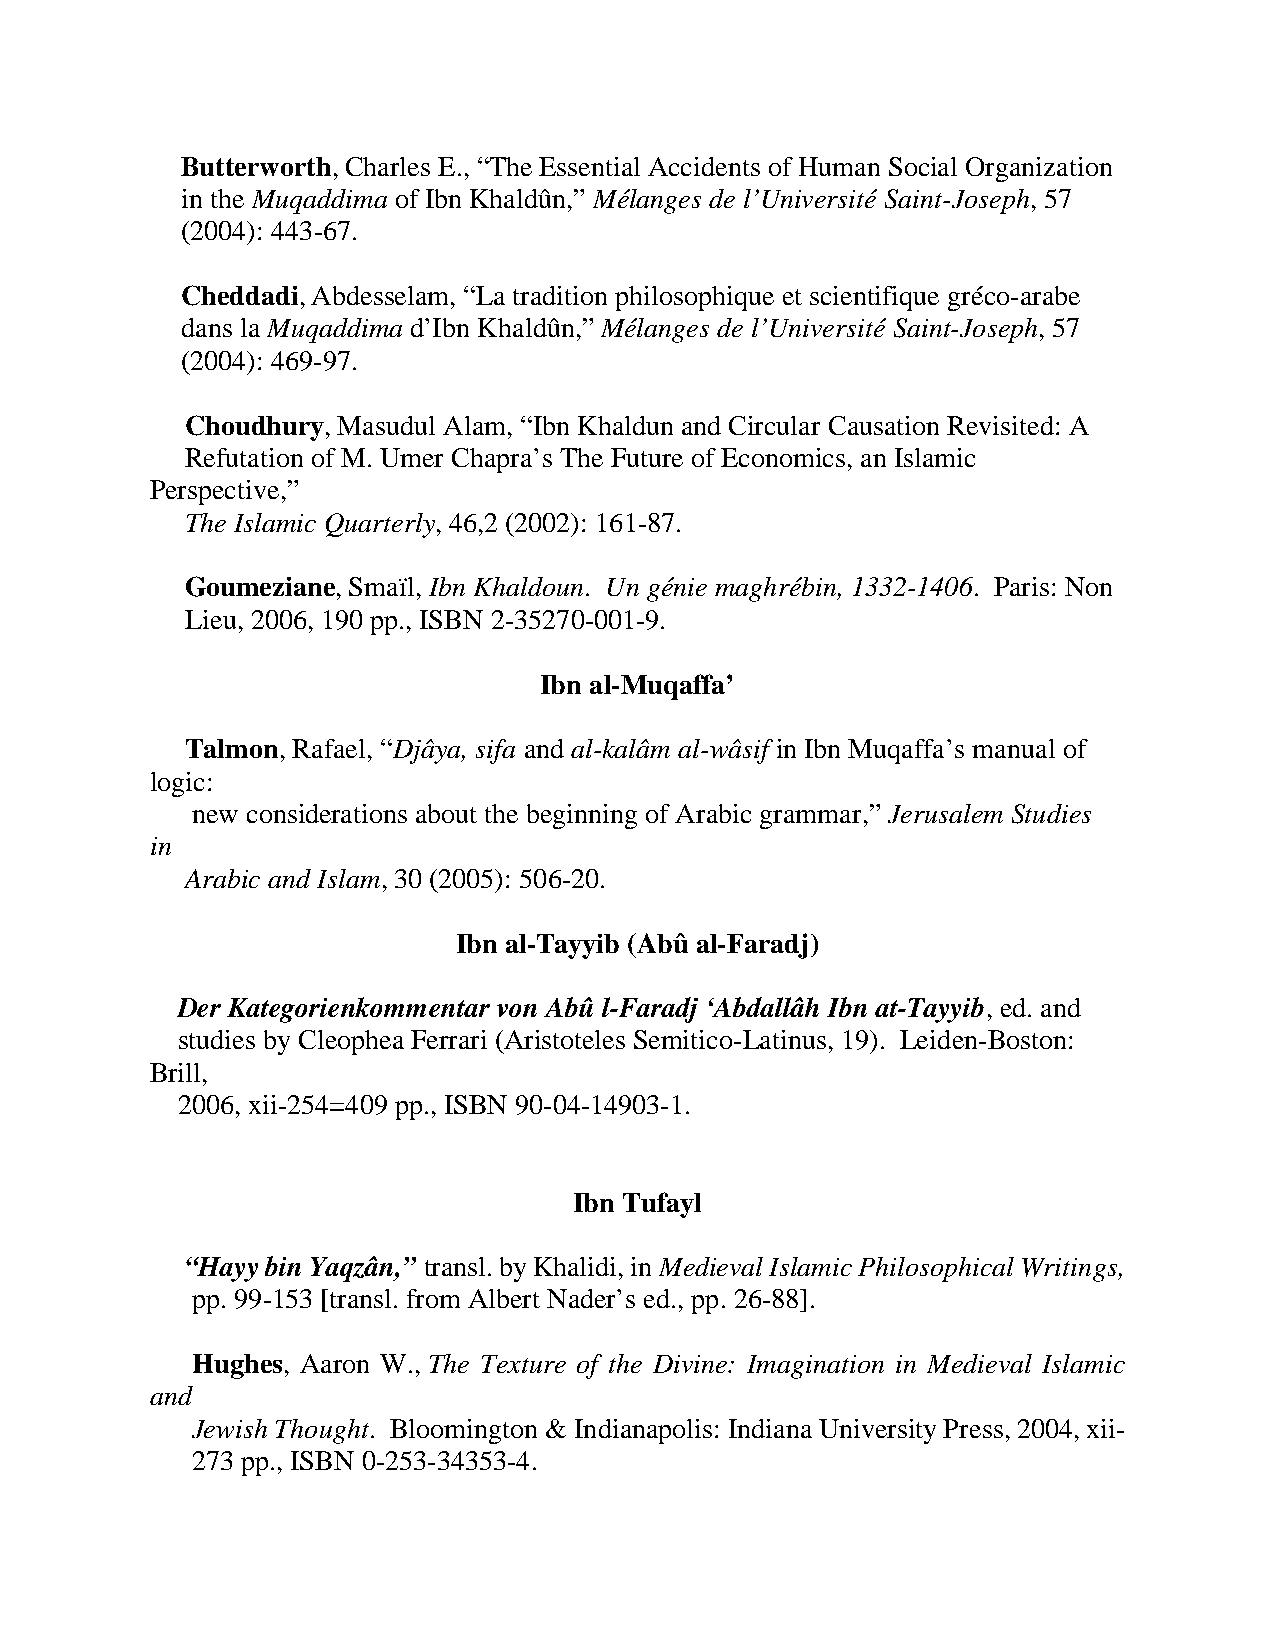
Butterworth, Charles E., “The Essential Accidents of Human Social Organization
 in the Muqaddima of Ibn Khaldûn,” Mélanges de l’Université Saint-Joseph, 57
 (2004): 443-67.
 Cheddadi, Abdesselam, “La tradition philosophique et scientifique gréco-arabe
 dans la Muqaddima d’Ibn Khaldûn,” Mélanges de l’Université Saint-Joseph, 57
 (2004): 469-97.
 Choudhury, Masudul Alam, “Ibn Khaldun and Circular Causation Revisited: A
 Refutation of M. Umer Chapra’s The Future of Economics, an Islamic
 Perspective,”
 The Islamic Quarterly, 46,2 (2002): 161-87.
 Goumeziane, Smaïl, Ibn Khaldoun. Un génie maghrébin, 1332-1406. Paris: Non
 Lieu, 2006, 190 pp., ISBN 2-35270-001-9.
 Ibn al-Muqaffa’
 Talmon, Rafael, “Djâya, sifa and al-kalâm al-wâsif in Ibn Muqaffa’s manual of
 logic:
 new considerations about the beginning of Arabic grammar,” Jerusalem Studies
 in
 Arabic and Islam, 30 (2005): 506-20.
 Ibn al-Tayyib (Abû al-Faradj)
 Der Kategorienkommentar von Abû l-Faradj ‘Abdallâh Ibn at-Tayyib, ed. and
 studies by Cleophea Ferrari (Aristoteles Semitico-Latinus, 19). Leiden-Boston:
 Brill,
 2006, xii-254=409 pp., ISBN 90-04-14903-1.
 Ibn Tufayl
 “Hayy bin Yaqzân,” transl. by Khalidi, in Medieval Islamic Philosophical Writings,
 pp. 99-153 [transl. from Albert Nader’s ed., pp. 26-88].
 Hughes, Aaron W., The Texture of the Divine: Imagination in Medieval Islamic
 and
 Jewish Thought. Bloomington & Indianapolis: Indiana University Press, 2004, xii-
 273 pp., ISBN 0-253-34353-4.